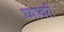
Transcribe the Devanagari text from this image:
घ्यावरी